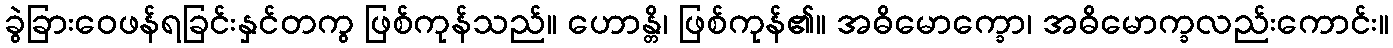
ခွဲခြားဝေဖန်ရခြင်းနှင်တကွ ဖြစ်ကုန်သည်။ ဟောန္တိ၊ ဖြစ်ကုန်၏။ အဓိမောက္ခော၊ အဓိမောက္ခလည်းကောင်း။